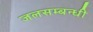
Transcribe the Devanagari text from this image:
जलसम्बन्धी